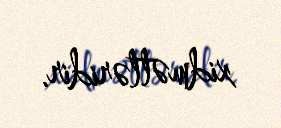
xidmətləridir.